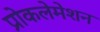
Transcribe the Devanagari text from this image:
प्रोकलेमेशन